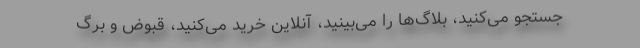
جستجو می‌کنید، بلاگ‌ها را می‌بینید، آنلاین خرید می‌کنید، قبوض و برگ